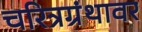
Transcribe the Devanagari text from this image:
चरित्रग्रंथावर